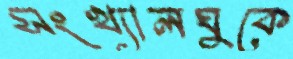
সংখ্যালঘুকে